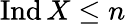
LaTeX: \operatorname{Ind}X\leq n